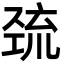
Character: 巯